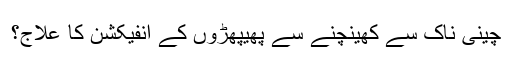
چینی ناک سے کھینچنے سے پھیپھڑوں کے انفیکشن کا علاج؟